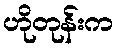
ဟိုတုန်းက